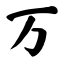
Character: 万